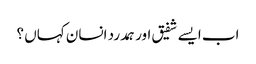
اب ایسے شفیق اور ہمدرد انسان کہاں ؟